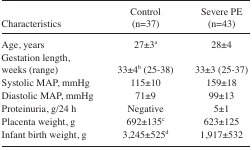
| Characteristics | Control (n=37) | Severe PE (n=43) |
 | --- | --- | --- |
 | Age, years | 27±3a | 28±4 |
 | Gestation length, weeks (range) | 33±4b (25–38) | 33±3 (25–37) |
 | Systolic MAP, mmHg | 115±10 | 159±18 |
 | Diastolic MAP, mmHg | 71±9 | 99±13 |
 | Proteinuria, g/24 h | Negative | 5±1 |
 | Placenta weight, g | 692±135c | 623±125 |
 | Infant birth weight, g | 3,245±525d | 1,917±532 |